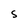
Character: S